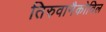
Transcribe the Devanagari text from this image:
तिरुवानैकोविल